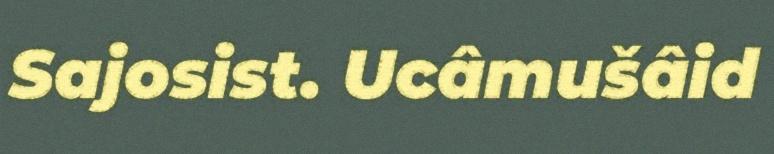
Sajosist. Ucâmušâid